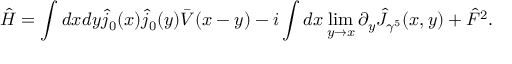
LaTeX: \hat { H } = \int d x d y \hat { j } _ { 0 } ( x ) \hat { j } _ { 0 } ( y ) \bar { V } ( x - y ) - i \int d x \operatorname * { l i m } _ { y \rightarrow x } \partial _ { y } \hat { J } _ { \gamma ^ { 5 } } ( x , y ) + \hat { F } ^ { 2 } .